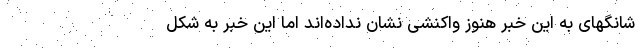
شانگهای به این خبر هنوز واکنشی نشان نداده‌اند اما این خبر به شکل